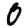
Digit: 0